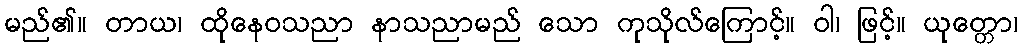
မည်၏။ တာယ၊ ထိုနေဝသညာ နာသညာမည် သော ကုသိုလ်ကြောင့်။ ဝါ၊ ဖြင့်။ ယုတ္တော၊